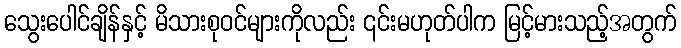
သွေးပေါင်ချိန်နှင့် မိသားစုဝင်များကိုလည်း ၎င်းမဟုတ်ပါက မြင့်မားသည့်အတွက်